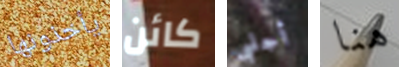
يأخذونها كائن أجلبي هنا